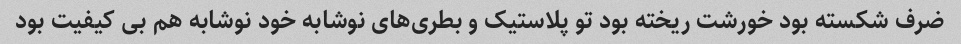
ضرف شکسته بود خورشت ریخته بود تو پلاستیک و بطری‌های نوشابه خود نوشابه هم بی کیفیت بود